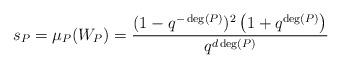
LaTeX: \begin{align*} s_P = \mu_P(W_P)= \frac{(1-q^{-\deg(P)})^2\left(1 + q^{\deg(P)}\right)}{q^{d\deg(P)}} \end{align*}